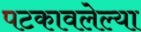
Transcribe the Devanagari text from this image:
पटकावलेल्या